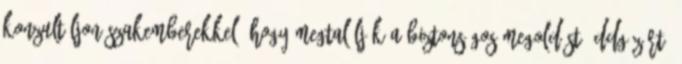
konzultáljon szakemberekkel, hogy megtalálják a biztonságos megoldást. DDGÁZ Rt.